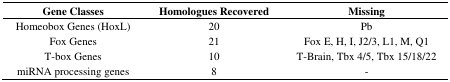
<table><thead><tr><td><b>Gene Classes</b></td><td><b>Homologues Recovered</b></td><td><b>Missing</b></td></tr></thead><tbody><tr><td>Homeobox Genes (HoxL)</td><td>20</td><td>Pb </td></tr><tr><td>Fox Genes</td><td>21</td><td>Fox E, H, I, J2/3, L1, M, Q1 </td></tr><tr><td>T-box Genes</td><td>10</td><td>T-Brain, Tbx 4/5, Tbx 15/18/22</td></tr><tr><td>miRNA processing genes</td><td>8</td><td>-</td></tr></tbody></table>